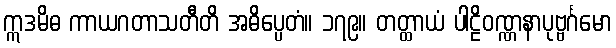
ဣဒမိဓ ကာယဂတာသတီတိ အဓိပ္ပေတံ။ ၁၇၉။ တတ္ထာယံ ပါဠိဝဏ္ဏနာပုဗ္ဗင်္ဂမော